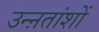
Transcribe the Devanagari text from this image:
उन्ऩतांशों